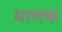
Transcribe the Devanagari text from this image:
धालक